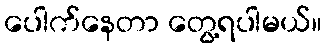
ပေါက်နေတာ တွေ့ရပါမယ်။